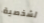
لشخصية